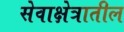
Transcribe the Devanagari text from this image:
सेवाक्षेत्रातील